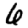
Digit: 6